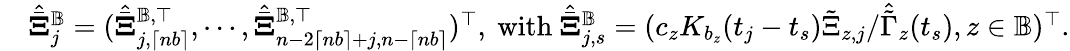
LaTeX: \begin{array}{r}{\quad\hat{\bar{\mathbf\Xi}}_{j}^{\mathbb{B}}=(\hat{\bar{\mathbf\Xi}}_{j,\lceil nb\rceil}^{\mathbb{B},\top},\cdots,\hat{\bar{\mathbf\Xi}}_{n-2\lceil nb\rceil+j,n-\lceil nb\rceil}^{\mathbb{B},\top})^{\top},~\mathrm{with}~\hat{\bar{\mathbf\Xi}}_{j,s}^{\mathbb{B}}=(c_{z}K_{b_{z}}(t_{j}-t_{s})\tilde{\Xi}_{z,j}/\hat{\tilde{\Gamma}}_{z}(t_{s}),z\in\mathbb{B})^{\top}.}\end{array}